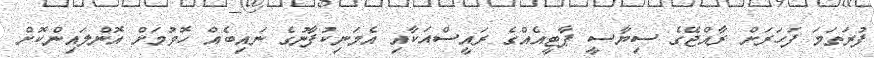
ފުރަތަމަ ފަހަރަށް ރާއްޖޭގެ ސިޔާސީ ޕާޓީއެއްގެ ރައީސްއަކާއި އެމަނިކުފާނުގެ ނައިބެއް ހޮވުމަށް އޮންލައިންކޮށް